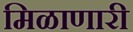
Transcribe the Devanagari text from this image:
मिळाणारी